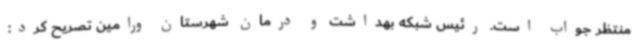
منتظر جواب است. رئیس شبکه بهداشت و درمان شهرستان ورامین تصریح کرد: